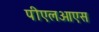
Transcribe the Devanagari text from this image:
पीएलओएस